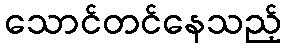
သောင်တင်နေသည့်